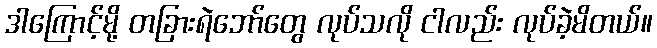
ဒါကြောင့်မို့ တခြားရဲဘော်တွေ လုပ်သလို ငါလည်း လုပ်ခဲ့မိတယ်။